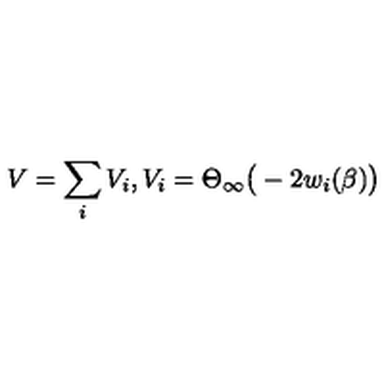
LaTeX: V = \sum _ { i } V _ { i } , V _ { i } = \Theta _ { \infty } \big ( - 2 w _ { i } ( \beta ) \big )